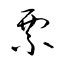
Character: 票